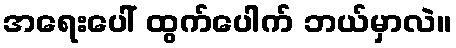
အရေးပေါ် ထွက်ပေါက် ဘယ်မှာလဲ။